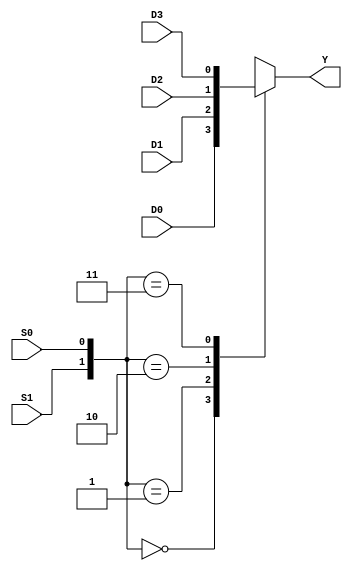
module mux4to1 (
    input wire D0,
    input wire D1,
    input wire D2,
    input wire D3,
    input wire S0,
    input wire S1,
    output reg Y
);

always @(*) begin
    case ({S1, S0})
        2'b00: Y = D0;
        2'b01: Y = D1;
        2'b10: Y = D2;
        2'b11: Y = D3;
    endcase
end

endmodule